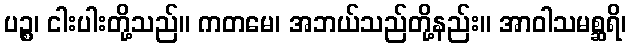
ပဉ္စ၊ ငါးပါးတို့သည်။ ကတမေ၊ အဘယ်သည်တို့နည်း။ အာဝါသမစ္ဆရိ၊